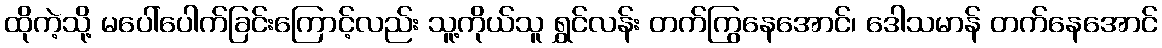
ထိုကဲ့သို့ မပေါ်ပေါက်ခြင်းကြောင့်လည်း သူ့ကိုယ်သူ ရွှင်လန်း တက်ကြွနေအောင်၊ ဒေါသမာန် တက်နေအောင်